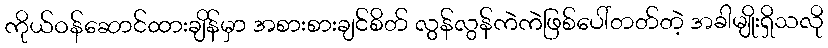
ကိုယ်ဝန်ဆောင်ထားချိန်မှာ အစားစားချင်စိတ် လွန်လွန်ကဲကဲဖြစ်ပေါ်တတ်တဲ့ အခါမျိုးရှိသလို